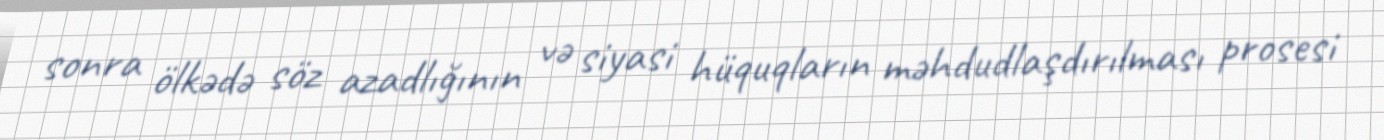
sonra ölkədə söz azadlığının və siyasi hüquqların məhdudlaşdırılması prosesi